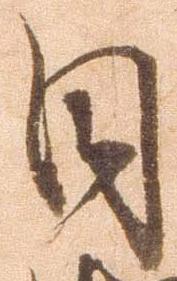
目